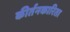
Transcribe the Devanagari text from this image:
कीर्तनकारिता